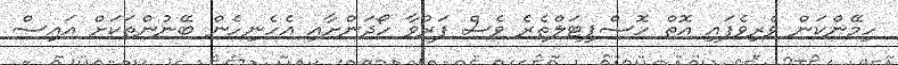
ހިމޭންކަން ވެރިވެފައި އޮތް ހޮސްޕިޓަލްތެރެ ވެސް ފަރުވާ ހޯދަންށާއި އެހެނިހެން ބޭނުންތަކަށް އައިސް